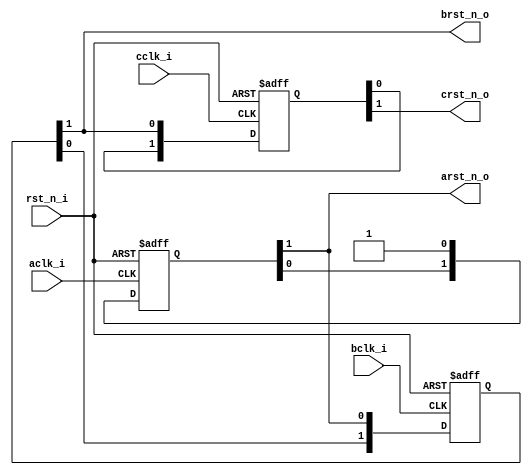
//--------------------------------------------------------------------------------
// Example demonstrating multi clock sequential reset removal
// Testbench: multi_clock_reset_tb.v
//--------------------------------------------------------------------------------

module sequential_reset_removal(
  input      aclk_i,
  input      bclk_i,
  input      cclk_i,
  input      rst_n_i,
  output     arst_n_o,
  output     brst_n_o,
  output     crst_n_o
);

//--------------------------------------------------------------------------------
// Reset synchronizer logic for clock domain A
//--------------------------------------------------------------------------------
  reg  [1:0] arst_d;
  
  always@(posedge aclk_i, negedge rst_n_i) begin
    if (!rst_n_i) begin
	  arst_d <= 1'b0;
	end else begin
	  arst_d <= {arst_d[0], 1'b1};
	end
  end
  
  assign arst_n_o = arst_d[1];
 
//--------------------------------------------------------------------------------
// Reset synchronizer logic for clock domain B
//--------------------------------------------------------------------------------
  reg  [1:0] brst_d;
  
  always@(posedge bclk_i, negedge rst_n_i) begin
    if (!rst_n_i) begin
	  brst_d <= 1'b0;
	end else begin
	  brst_d <= {brst_d[0], arst_n_o};
	end
  end
  
  assign brst_n_o = brst_d[1];
  
//--------------------------------------------------------------------------------
// Reset synchronizer logic for clock domain C
//--------------------------------------------------------------------------------
  reg  [1:0] crst_d;
  
  always@(posedge cclk_i, negedge rst_n_i) begin
    if (!rst_n_i) begin
	  crst_d <= 1'b0;
	end else begin
	  crst_d <= {crst_d[0], brst_n_o};
	end
  end
  
  assign crst_n_o = crst_d[1];
  
//--------------------------------------------------------------------------------
  
endmodule